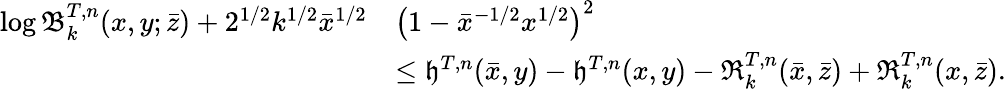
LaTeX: \begin{array}{rl}{\log\mathfrak{B}_{k}^{T,n}(x,y;\bar{z})+2^{1/2}k^{1/2}\bar{x}^{1/2}}&{\left(1-\bar{x}^{-1/2}x^{1/2}\right)^{2}}\\ &{\leq\mathfrak{h}^{T,n}(\bar{x},y)-\mathfrak{h}^{T,n}(x,y)-\mathfrak{R}_{k}^{T,n}(\bar{x},\bar{z})+\mathfrak{R}_{k}^{T,n}(x,\bar{z}).}\end{array}